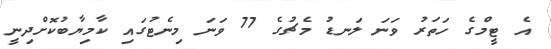
އެ ޓީމްގެ ހަތަރު ވަނަ ލަނޑު މެޗުގެ 77 ވަނަ މިނެޓުގައި ކާމިޔާބުކޮށްދިނީ